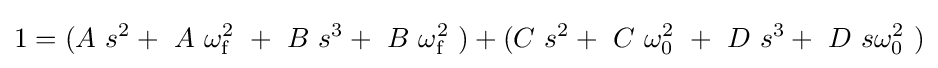
1=(A\ s^{2}+\ A\ \omega _{\mathrm {f} }^{2}\ +\ B\ s^{3}+\ B\ \omega _{\mathrm {f} }^{2}\ )+(C\ s^{2}+\ C\ \omega _{0}^{2}\ +\ D\ s^{3}+\ D\ s\omega _{0}^{2}\ )